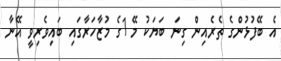
އެ ބޭފުޅުންގެ ތެރެއިން ގިނަ ބަޔަކު މޭ 1ގެ މުޒާހަރާގައި ބައިވެރިވީ އޭނާ